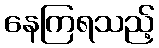
နေကြရသည့်